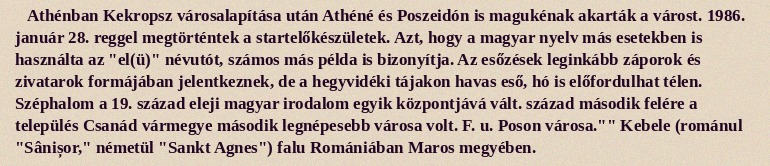
Athénban Kekropsz városalapítása után Athéné és Poszeidón is magukénak akarták a várost. 1986. január 28. reggel megtörténtek a startelőkészületek. Azt, hogy a magyar nyelv más esetekben is használta az "el(ü)" névutót, számos más példa is bizonyítja. Az esőzések leginkább záporok és zivatarok formájában jelentkeznek, de a hegyvidéki tájakon havas eső, hó is előfordulhat télen. Széphalom a 19. század eleji magyar irodalom egyik központjává vált. század második felére a település Csanád vármegye második legnépesebb városa volt. F. u. Poson városa."" Kebele (románul "Sânișor," németül "Sankt Agnes") falu Romániában Maros megyében.